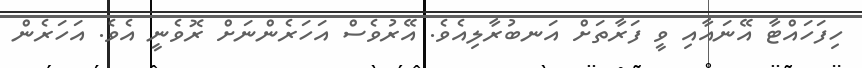
ހިފަހައްޓާ އޭނައާއި ވީ ފަރާތަށް އަނބުރާލިއެވެ. އޭރުވެސް އަހަރެންނަށް ރޮވެނީ އެވެ. އަހަރެން